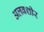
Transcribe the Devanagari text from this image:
अलबशीर